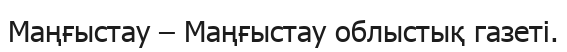
Маңғыстау – Маңғыстау облыстық газеті.